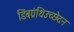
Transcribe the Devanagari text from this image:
डिंबग्रंथिउच्छेदन